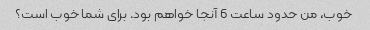
خوب، من حدود ساعت 6 آنجا خواهم بود. برای شما خوب است؟